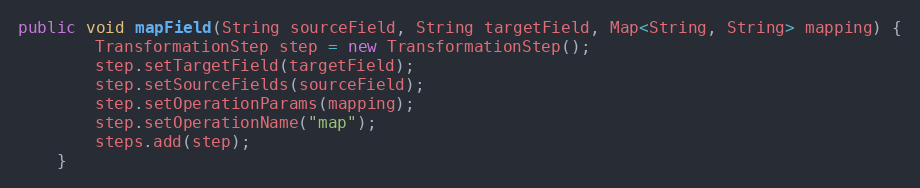
Language: Java
public void mapField(String sourceField, String targetField, Map<String, String> mapping) {
        TransformationStep step = new TransformationStep();
        step.setTargetField(targetField);
        step.setSourceFields(sourceField);
        step.setOperationParams(mapping);
        step.setOperationName("map");
        steps.add(step);
    }